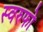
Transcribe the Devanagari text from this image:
स्वरुफो